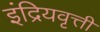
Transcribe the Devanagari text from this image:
इंद्रियवृत्ती